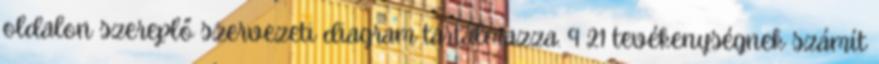
oldalon szereplő szervezeti diagram tartalmazza. 9 21 tevékenységnek számít